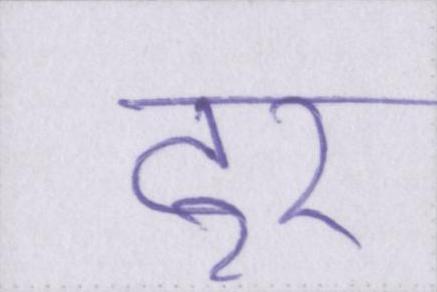
टूर